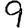
Digit: 9